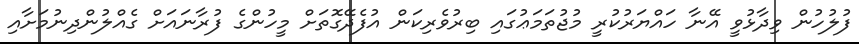
ފުލުހުން ވިދާޅުވީ އޭނާ ހައްޔަރުކުރީ މުޖުތަމަޢުގައި ބިރުވެރިކަން އުފެދޭގޮތަށް މީހުންގެ ފުރާނައަށް ގެއްލުންދިނުމަށާއި